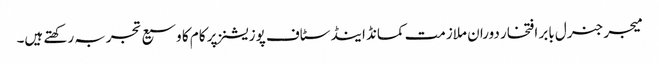
میجر جنرل بابر افتخار دوران ملازمت کمانڈ اینڈ سٹاف پوزیشنز پر کام کا وسیع تجربہ رکھتے ہیں۔